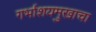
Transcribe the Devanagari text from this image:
गर्भाशयमुखाचा